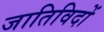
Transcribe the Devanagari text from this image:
जातिविदों